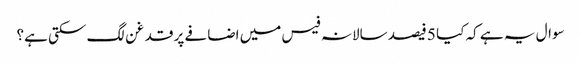
سوال یہ ہے کہ کیا 5 فیصد سالانہ فیس میں اضافے پر قدغن لگ سکتی ہے؟